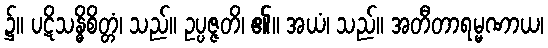
၌။ ပဋိသန္ဓိစိတ္တံ၊ သည်။ ဥပ္ပဇ္ဇတိ၊ ၏။ အယံ၊ သည်။ အတီတာရမ္မဏာယ၊